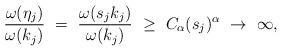
LaTeX: \begin{align*}\frac{\omega(\eta_j)}{\omega(k_j)}\ =\ \frac{\omega(s_jk_j)}{\omega(k_j)}\ \ge\ C_\alpha(s_j)^\alpha\ \rightarrow\ \infty,\end{align*}